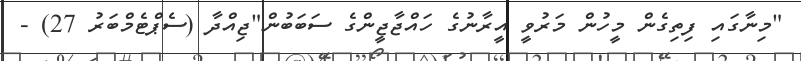
"މިނާގައި ފިތިގެން މީހުން މަރުވީ އީރާނުގެ ހައްޖާޖީންގެ ސަބަބުން"ޖިއްދާ (ސެޕްޓެމްބަރު 27) -